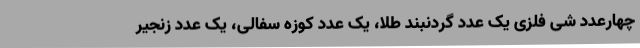
چهارعدد شی فلزی یک عدد گردنبند طلا، یک عدد کوزه سفالی، یک عدد زنجیر